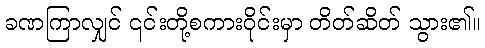
ခဏကြာလျှင် ၎င်းတို့စကားဝိုင်းမှာ တိတ်ဆိတ် သွား၏။